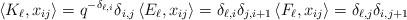
LaTeX: \begin{align*} \left<K_\ell,x_{ij}\right> = q^{-\delta_{\ell, i}} \delta_{i,j} \left<E_\ell,x_{ij}\right> = \delta_{\ell,i}\delta_{j,i+1} \left<F_\ell,x_{ij}\right> = \delta_{\ell,j}\delta_{i,j+1} \end{align*}